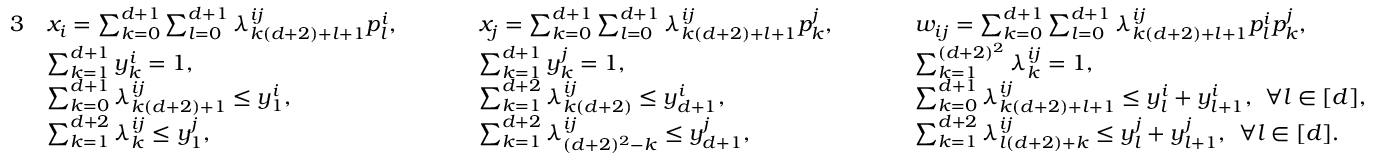
\begin{array} { r l r l r l } { { 3 } } & { x _ { i } = \sum _ { k = 0 } ^ { d + 1 } \sum _ { l = 0 } ^ { d + 1 } \lambda _ { k ( d + 2 ) + l + 1 } ^ { i j } p _ { l } ^ { i } , \quad \: \: \: } & & { x _ { j } = \sum _ { k = 0 } ^ { d + 1 } \sum _ { l = 0 } ^ { d + 1 } \lambda _ { k ( d + 2 ) + l + 1 } ^ { i j } p _ { k } ^ { j } , \quad \: \: \: } & & { w _ { i j } = \sum _ { k = 0 } ^ { d + 1 } \sum _ { l = 0 } ^ { d + 1 } \lambda _ { k ( d + 2 ) + l + 1 } ^ { i j } p _ { l } ^ { i } p _ { k } ^ { j } , } \\ & { \sum _ { k = 1 } ^ { d + 1 } y _ { k } ^ { i } = 1 , } & & { \sum _ { k = 1 } ^ { d + 1 } y _ { k } ^ { j } = 1 , } & & { \sum _ { k = 1 } ^ { ( d + 2 ) ^ { 2 } } \lambda _ { k } ^ { i j } = 1 , } \\ & { \sum _ { k = 0 } ^ { d + 1 } \lambda _ { k ( d + 2 ) + 1 } ^ { i j } \leq y _ { 1 } ^ { i } , } & & { \sum _ { k = 1 } ^ { d + 2 } \lambda _ { k ( d + 2 ) } ^ { i j } \leq y _ { d + 1 } ^ { i } , } & & { \sum _ { k = 0 } ^ { d + 1 } \lambda _ { k ( d + 2 ) + l + 1 } ^ { i j } \leq y _ { l } ^ { i } + y _ { l + 1 } ^ { i } , \: \: \forall l \in [ d ] , } \\ & { \sum _ { k = 1 } ^ { d + 2 } \lambda _ { k } ^ { i j } \leq y _ { 1 } ^ { j } , } & & { \sum _ { k = 1 } ^ { d + 2 } \lambda _ { ( d + 2 ) ^ { 2 } - k } ^ { i j } \leq y _ { d + 1 } ^ { j } , } & & { \sum _ { k = 1 } ^ { d + 2 } \lambda _ { l ( d + 2 ) + k } ^ { i j } \leq y _ { l } ^ { j } + y _ { l + 1 } ^ { j } , \: \: \forall l \in [ d ] . } \end{array}